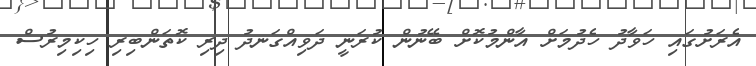
އެރަށުގައި ހަވާދު ހެދުމަށް އާންމުކޮށް ބޭނުން ކުރަނީ ދަވިއްގަނދު ދިރި ކޮތަންބިރި ހިކިމިރުސް